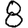
Digit: 8